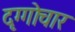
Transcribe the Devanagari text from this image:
दृग्गोचार